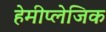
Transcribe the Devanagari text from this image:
हेमीप्लेजिक